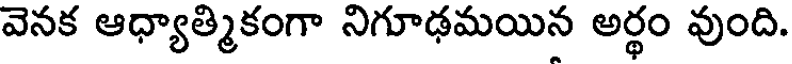
వెనక ఆధ్యాత్మికంగా నిగూఢమయిన అర్థం వుంది.